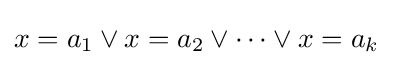
x=a_{1}\vee x=a_{2}\vee \dots \vee x=a_{k}